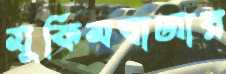
মুকিমবাজার